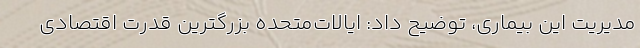
مدیریت این بیماری، توضیح داد: ایالات‌متحده بزرگترین قدرت اقتصادی